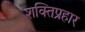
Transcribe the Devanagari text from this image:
शक्तिप्रहार